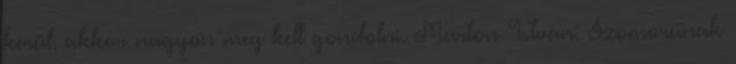
kerül, akkor nagyon meg kell gondolni. Marton István: Szomorúnak